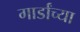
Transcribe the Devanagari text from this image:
गार्डांच्या